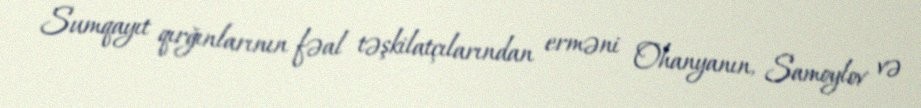
Sumqayıt qırğınlarının fəal təşkilatçılarından erməni Ohanyanın, Samoylov və